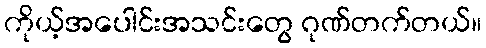
ကိုယ့်အပေါင်းအသင်းတွေ ဂုဏ်တက်တယ်။